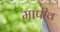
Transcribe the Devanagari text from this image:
मापीव